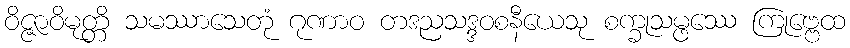
ဝိဇ္ဇာဝိမုတ္တိ သမဿာသေတုံ ဂုဏာဝ တဒညသဒ္ဒဝစနီယေသု စက္ခုသမ္ဖဿေ ကြုဗ္ဗေထ